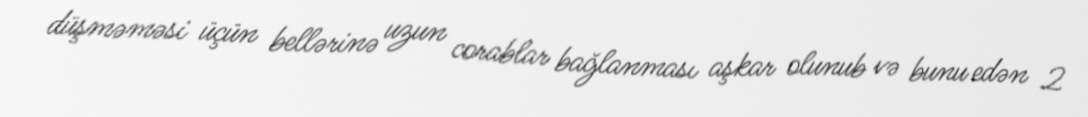
düşməməsi üçün bellərinə uzun corablar bağlanması aşkar olunub və bunu edən 2